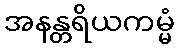
အနန္တရိယကမ္မံ